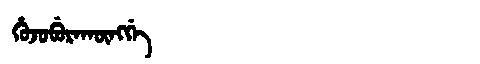
Manchu: ᡥᡠᠵᡠᠪᡠᡵᠠᡴᡡᠩᡤᡝ
Romanization: HUJUBURAKŪNGGE